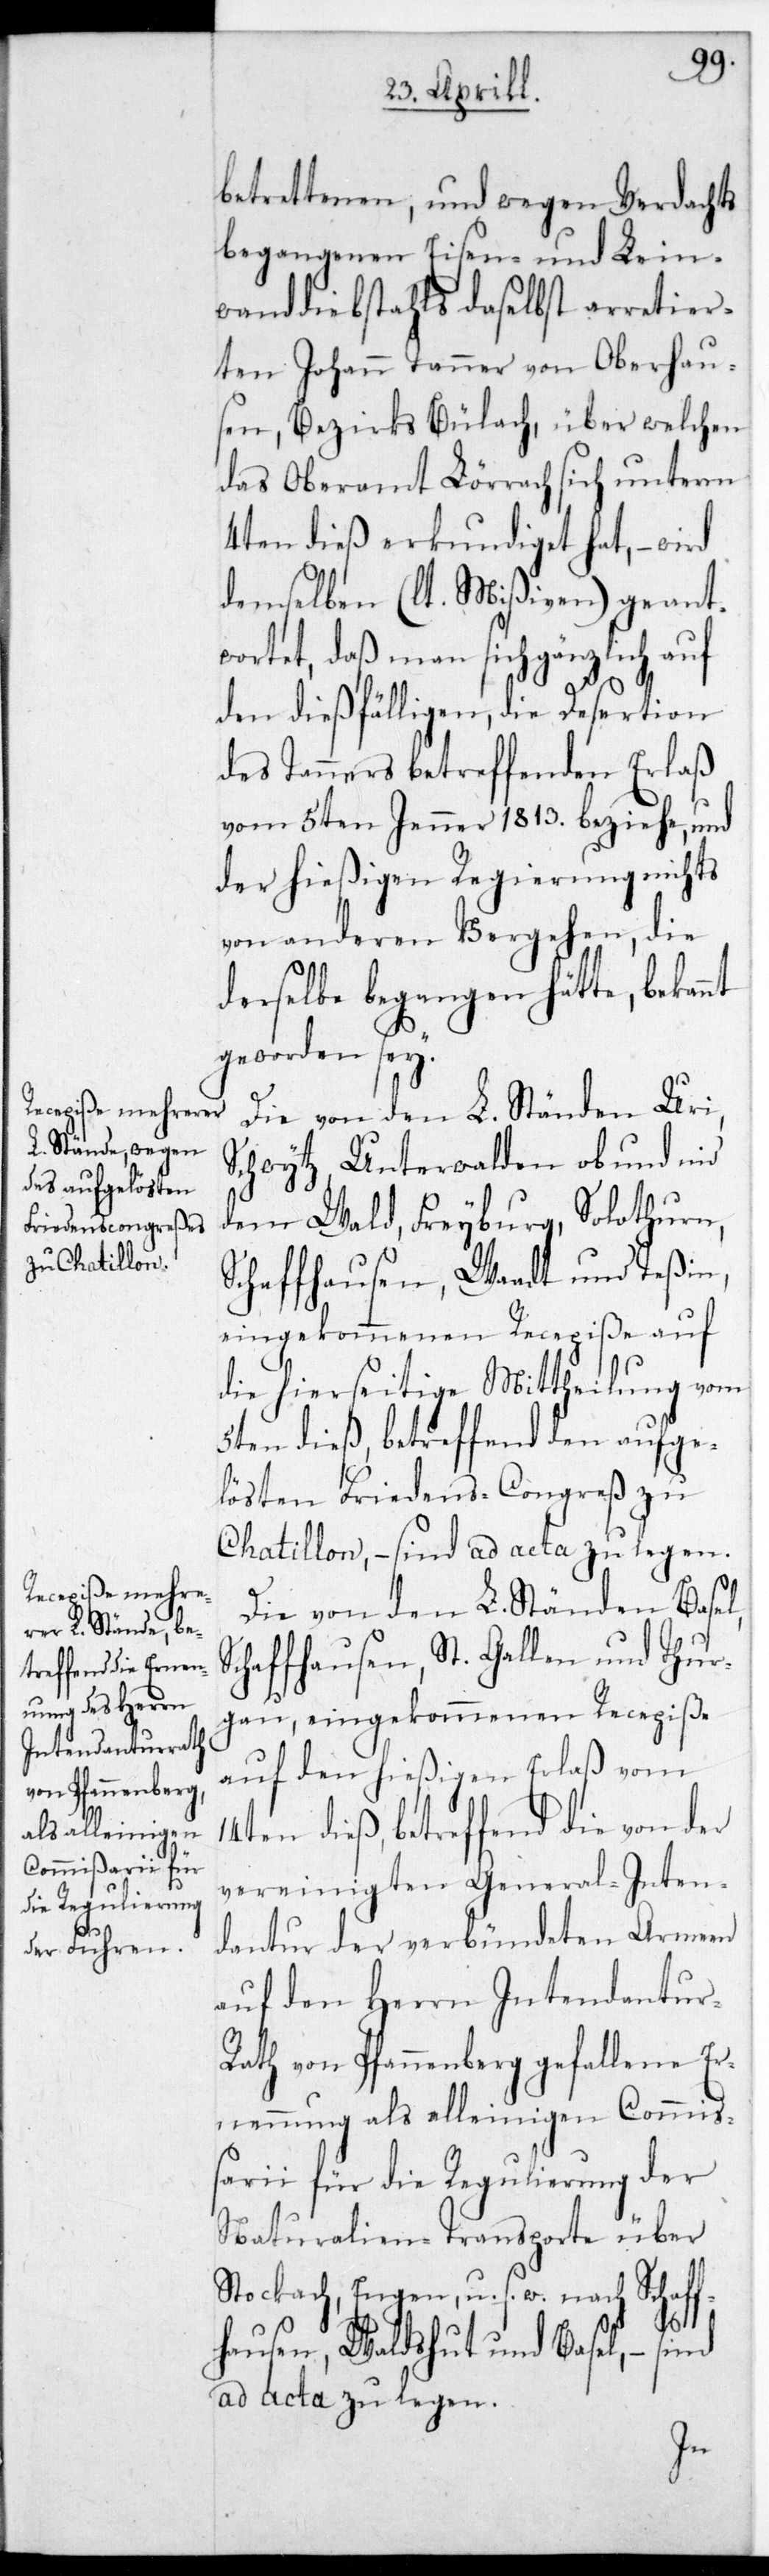
betrettenen, und wegen Verdachts
begangenen Eisen- und Lein¬
wanddiebstahls daselbst arretier¬
ten Johann Tanner von Oberhau¬
sen, Bezirks Bülach, über welchen
das Oberamt Lörrach sich unterm
4ten dieß erkundiget hat, – wird
demselben (lt. Mißiven) geant¬
wortet, daß man sich gänzlich auf
den dießfälligen, die Desertion
des Tanners betreffenden Erlaß
vom 5ten Jenner 1813. beziehe, und
der hießigen Regierung nichts
von anderen Vergehen, die
derselbe begangen hätte, bekan¬
geworden sey.
Die von den L. Ständen Uri,
Schwytz, Unterwalden ob und nid
dem Wald, Freyburg, Solothurn,
Schaffhausen, Waadt und Teßin,
eingekommenen Recepiße auf
die hierseitige Mittheilung vom
5ten dieß, betreffend den aufge¬
lösten Friedens-Congreß zu
Chatillon, – sind ad acta zu legen.
Die von den L. Ständen Basel,
chaffhausen, St. Gallen und Thur¬
gau eingekommenen Recepiße
auf den hießigen Erlaß vom
14ten dieß, betreffend die von der
vereinigten General-Inten¬
dantur der verbündeten Armeen
auf den Herrn Intendantur-R¬
ath von Pfannenberg gehaltene Er¬
nennung als alleinigen Commi¬
ßarii für die Reglierung der
Naturalien-Transporte über
Stockach, Engen u. s. w. nach Schaff¬
S¬
hausen, Waldshut und Basel, – sind
ad acta zu legen.